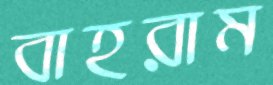
বাহরাম